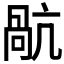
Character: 𭉥